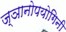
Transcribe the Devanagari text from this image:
ज्ञानोपयोगिनी